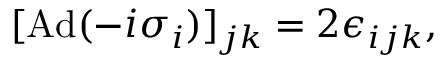
\begin{array} { r } { [ \mathrm { A d } ( - i \sigma _ { i } ) ] _ { j k } = 2 \epsilon _ { i j k } , } \end{array}